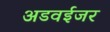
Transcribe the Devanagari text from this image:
अडवईजर